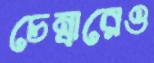
চেম্বারেও